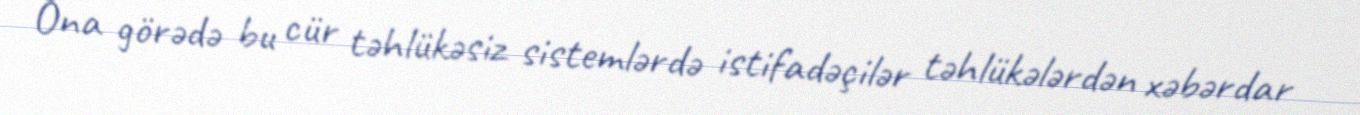
Ona görədə bu cür təhlükəsiz sistemlərdə istifadəçilər təhlükələrdən xəbərdar